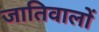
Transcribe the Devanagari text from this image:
जातिवालों